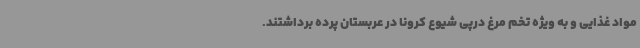
مواد غذایی و به ویژه تخم مرغ درپی شیوع کرونا در عربستان پرده برداشتند.